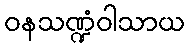
ဝနသဏ္ဍံဝါသာယ